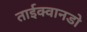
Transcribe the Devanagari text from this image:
ताईक्वानडो